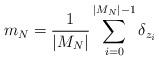
LaTeX: \begin{align*}m_{N}=\frac{1}{\lvert M_{N} \rvert}\sum_{i=0}^{\lvert M_{N} \rvert-1}\delta_{z_{i}}\end{align*}